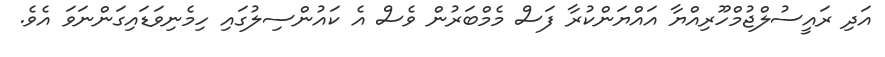
އަދި ރައީސުލްޖުމްހޫރިއްޔާ އައްޔަންކުރާ ފަސް މެމްބަރުން ވެސް އެ ކައުންސިލުގައި ހިމެނިވަޑައިގަންނަވަ އެވެ.